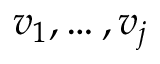
v _ { 1 } , \dotsc , v _ { j }